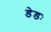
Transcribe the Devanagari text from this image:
डेडः